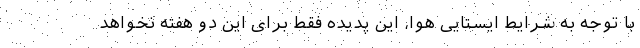
با توجه به شرایط ایستایی هوا، این پدیده فقط برای این دو هفته نخواهد